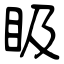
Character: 𥄫